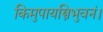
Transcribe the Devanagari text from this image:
किमुपायस्त्रिभुवनं।